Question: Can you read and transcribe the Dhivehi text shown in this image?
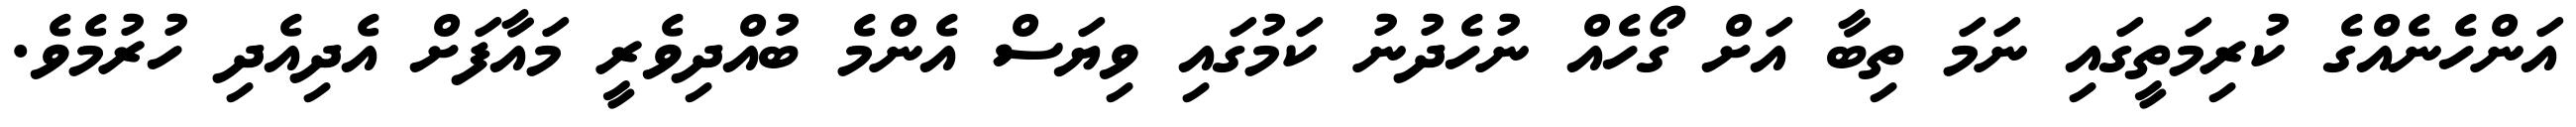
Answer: އަންހެނެއްގެ ކުރިމަތީގައި ނަމަ ތިބާ އަށް ގޯހެއް ނުހެދުނު ކަމުގައި ވިޔަސް އެންމެ ބުއްދިވެރީ މައާފަށް އެދިއެދި ހުރުމެވެ.